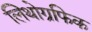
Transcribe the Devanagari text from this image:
लिथोग्रफिक